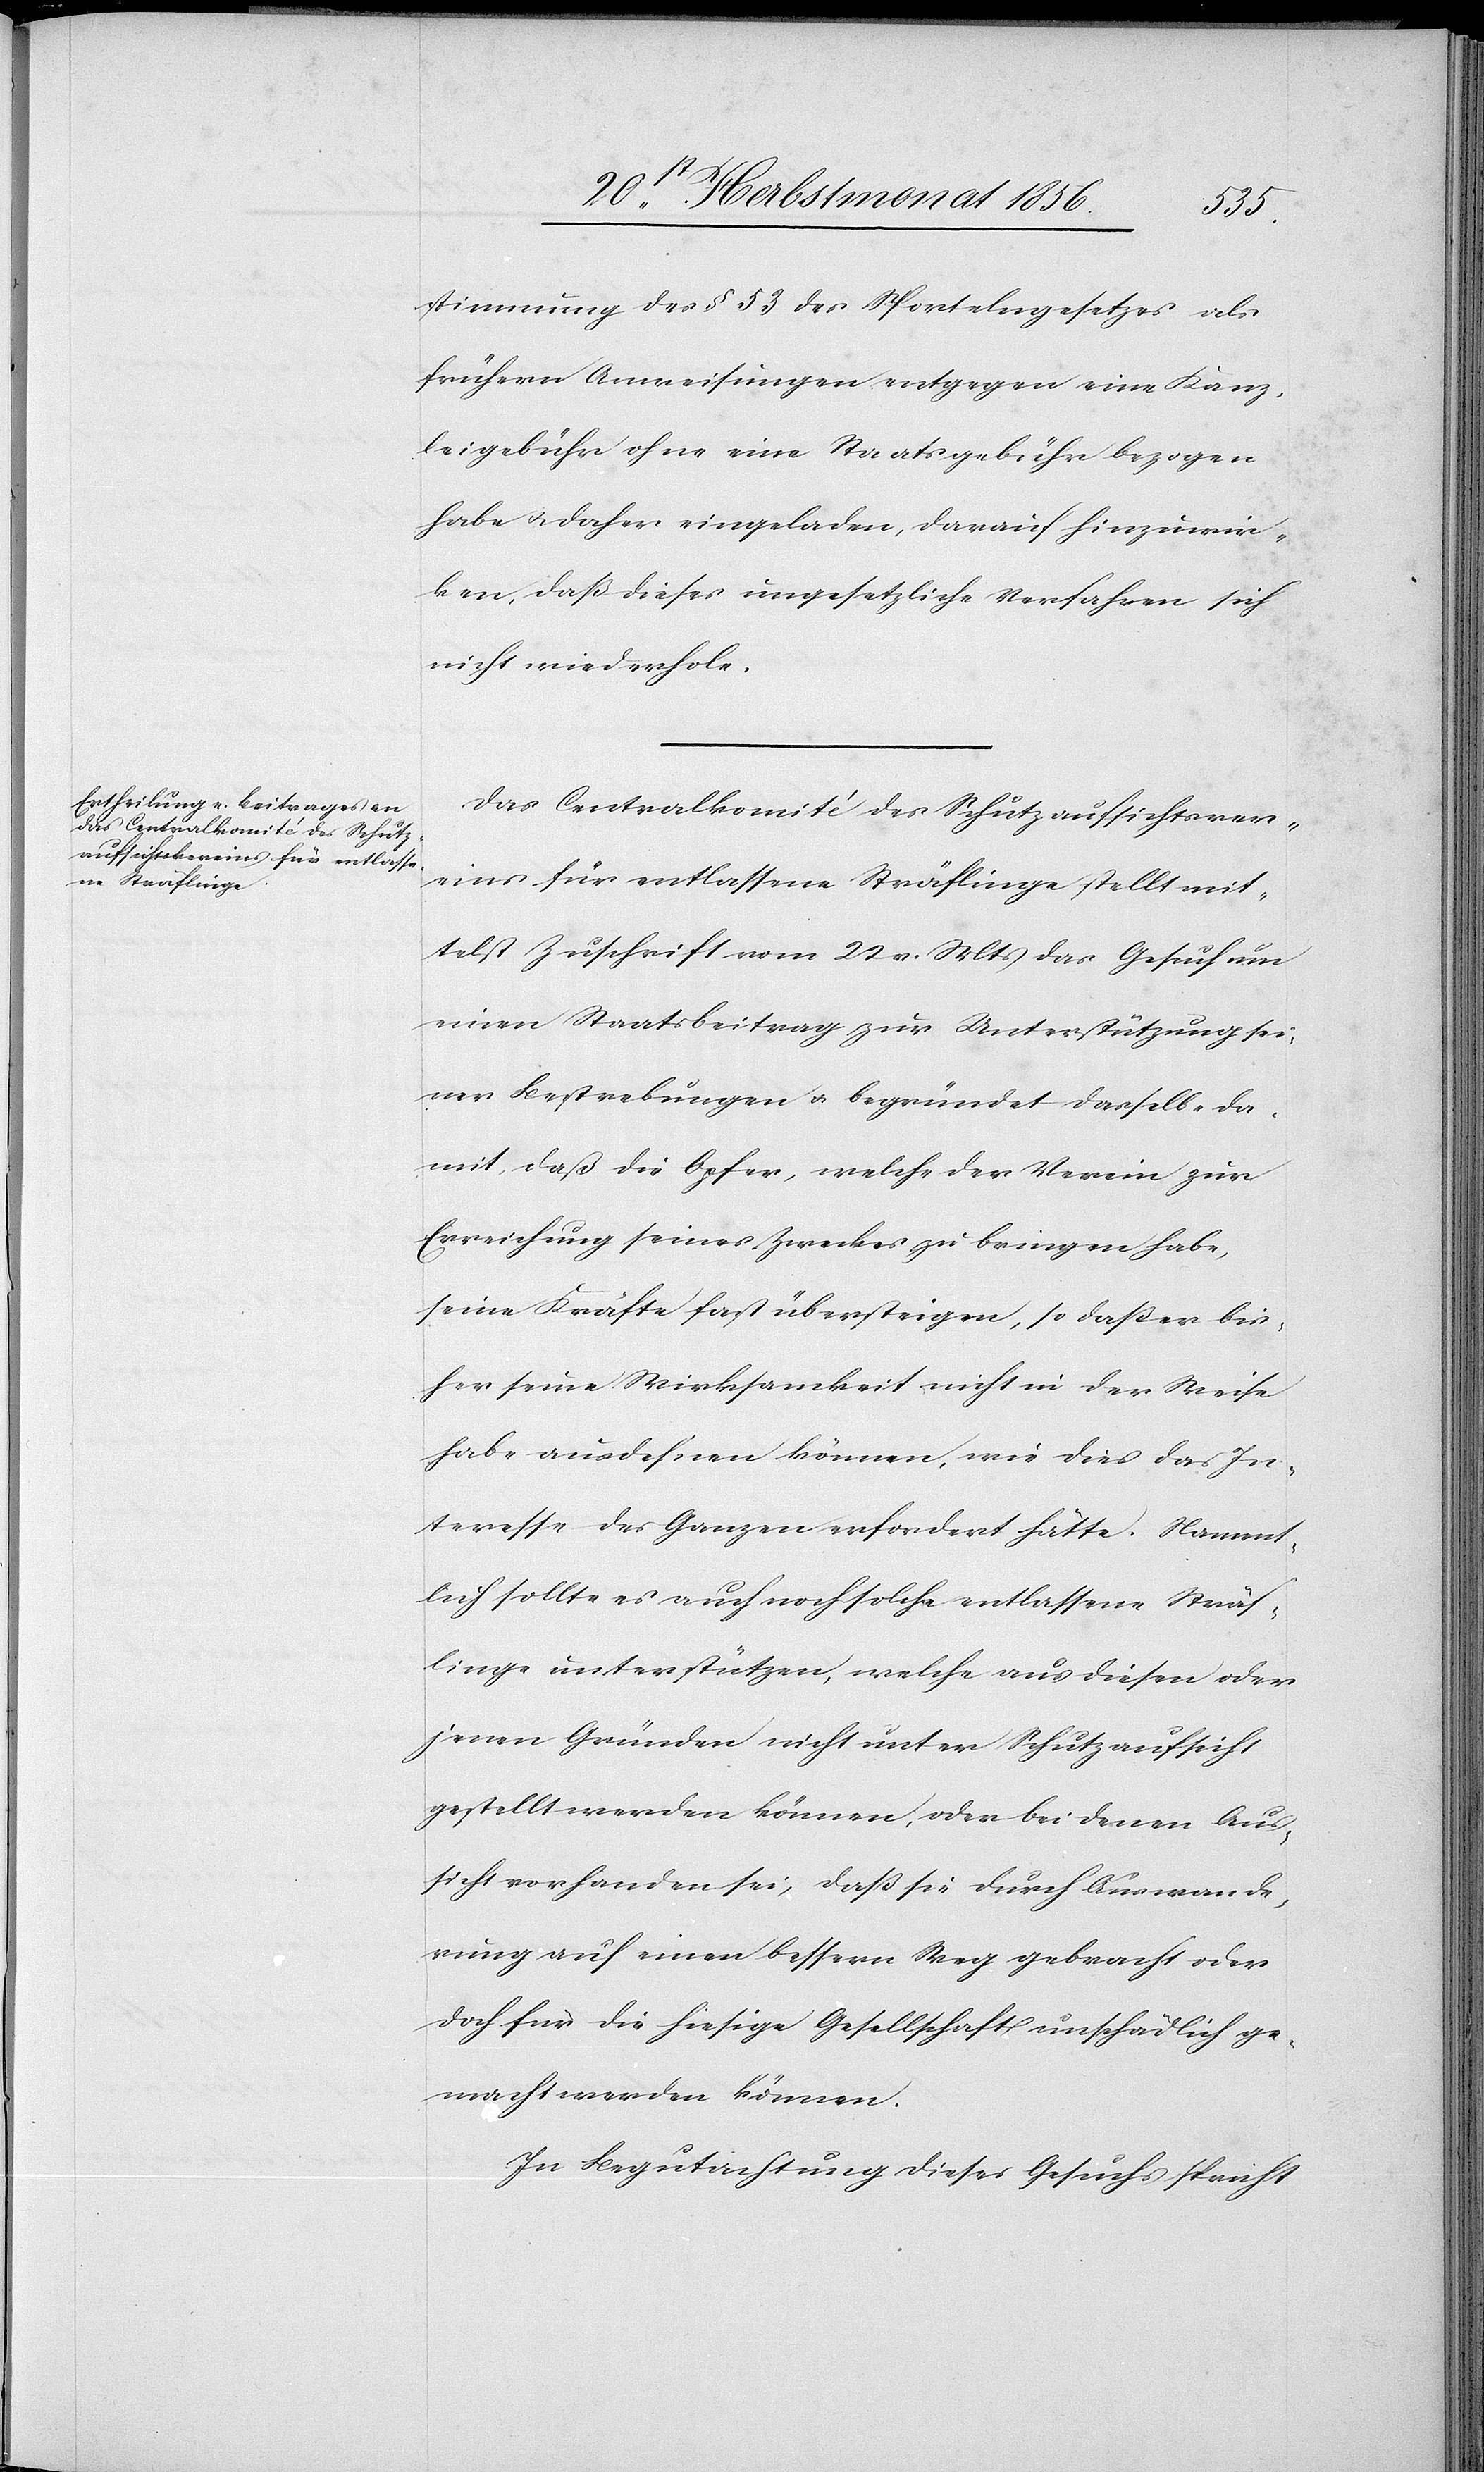
stimmung des § 53 des Sportelngesetzes als
frühern Anweisungen entgegen eine Kanz¬
leigebühr ohne eine Staatsgebühr bezogen
habe u. daher eingeladen, darauf hinzuwir¬
ken, daß dieses ungesetzliche Verfahren sich
nicht wiederhole.
Das Centralkomité des Schutzaufsichtsver¬
eins für entlassene Sträflinge stellt mit¬
telst Zuschrift vom 22 v. Mts das Gesuch um
einen Staatsbeitrag zur Unterstützung sei¬
ner Bestrebungen u. begründet dasselbe da¬
mit, daß die Opfer, welche der Verein zur
Erreichung seines Zweckes zu bringen habe,
seine Kräfte fast übersteigen, so daß er bis¬
her seine Wirksamkeit nicht in der Weise
habe ausdehnen können, wie dies das In¬
teresse des Ganzen erfordert hätte. Nament¬
lich sollte es auch noch solche entlassene Sträf¬
linge unterstützen, welche aus diesen oder
jenen Gründen nicht unter Schutzaufsicht
gestellt werden können, oder bei denen Aus¬
sicht vorhanden sei, daß sie durch Auswande¬
rung auf einen bessern Weg gebracht oder
doch für die hiesige Gesellschaft unschädlich ge¬
macht werden können.
In Begutachtung dieses Gesuchs spricht